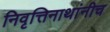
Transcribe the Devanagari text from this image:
निवृत्तिनाथांनीच